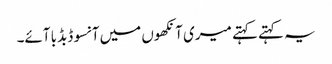
یہ کہتے کہتے میری آنکھوں میں آنسو ڈبڈبا آئے۔